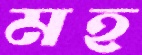
মহ